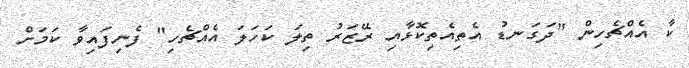
ކާ އެއްޗެހިން "ދަގަނޑު އެތިއެތިކޮޅާއި ރޭޒަރު ތިލަ ކަހަލަ އެއްޗެހި" ފެނިފައިވާ ކަމަށް